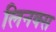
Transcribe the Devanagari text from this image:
लिनक्‍स